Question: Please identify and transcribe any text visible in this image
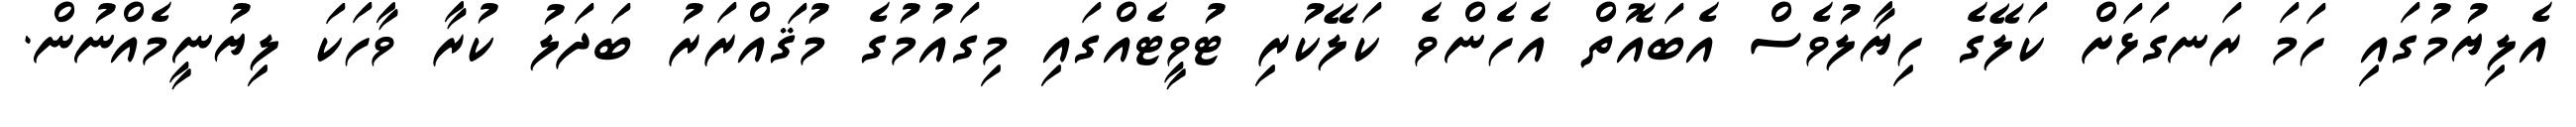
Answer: އެލިޔުމުގައި ހަމަ ރަނގަޅަށް ކަލޭގެ ހިޔާލުވެސް އެބައޮތް އެހެންވެ ކަލޭކުރި ޓުވީޓެއްގައި މިގައުމުގެ މުޤައްރަރު ބަދަލު ކުރާ ވާހަކަ ލިޔުނީމެއްނުން.